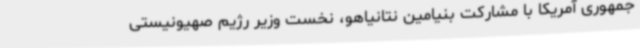
جمهوری آمریکا با مشارکت بنیامین نتانیاهو، نخست وزیر رژیم صهیونیستی